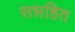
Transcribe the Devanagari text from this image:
सन्नहित